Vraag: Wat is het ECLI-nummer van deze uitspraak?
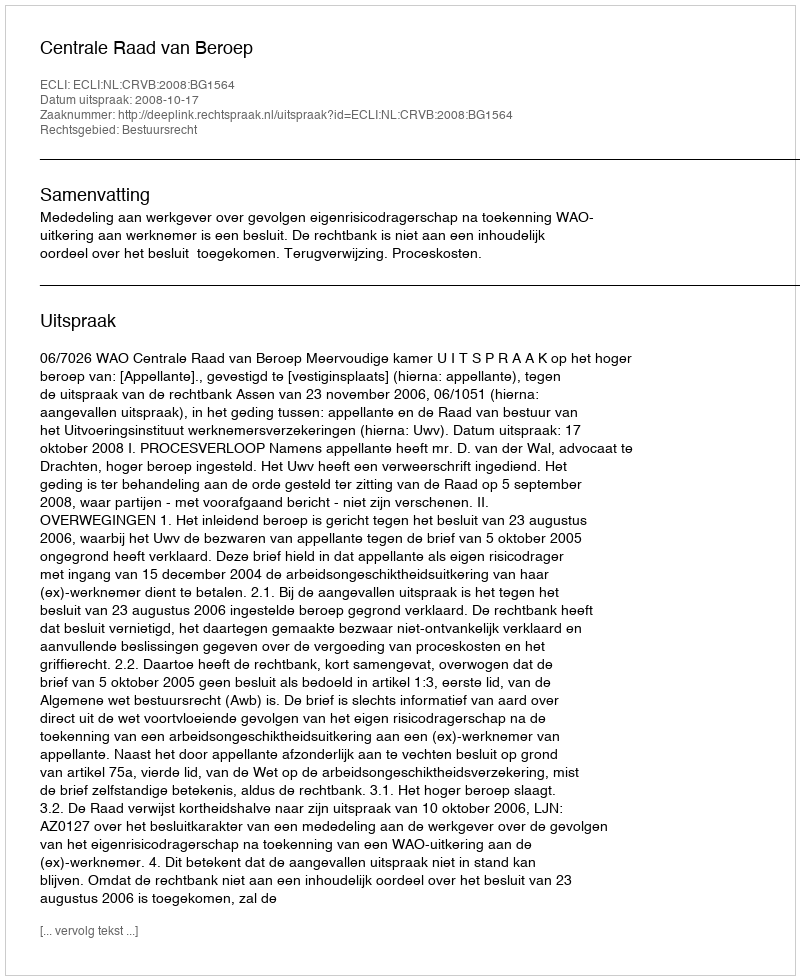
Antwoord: ECLI:NL:CRVB:2008:BG1564